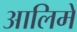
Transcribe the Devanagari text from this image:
आलिमे